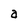
Character: a